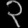
Digit: ၃